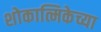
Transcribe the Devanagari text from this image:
शोकात्मिकेच्या